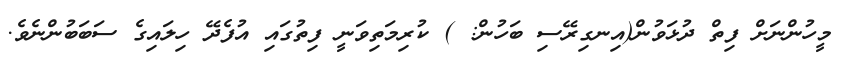
މީހުންނަށް ފިތް ދުޅަވުން(އިނގިރޭސި ބަހުން: ) ކުރިމަތިވަނީ ފިތުގައި އުފެދޭ ހިލައިގެ ސަބަބުންނެވެ.